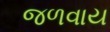
જળવાય